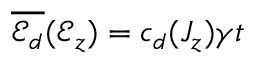
\overline { { \mathscr { E } _ { d } } } ( \mathcal { E } _ { z } ) = c _ { d } ( J _ { z } ) \gamma t